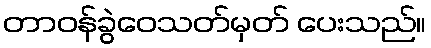
တာဝန်ခွဲဝေသတ်မှတ် ပေးသည်။